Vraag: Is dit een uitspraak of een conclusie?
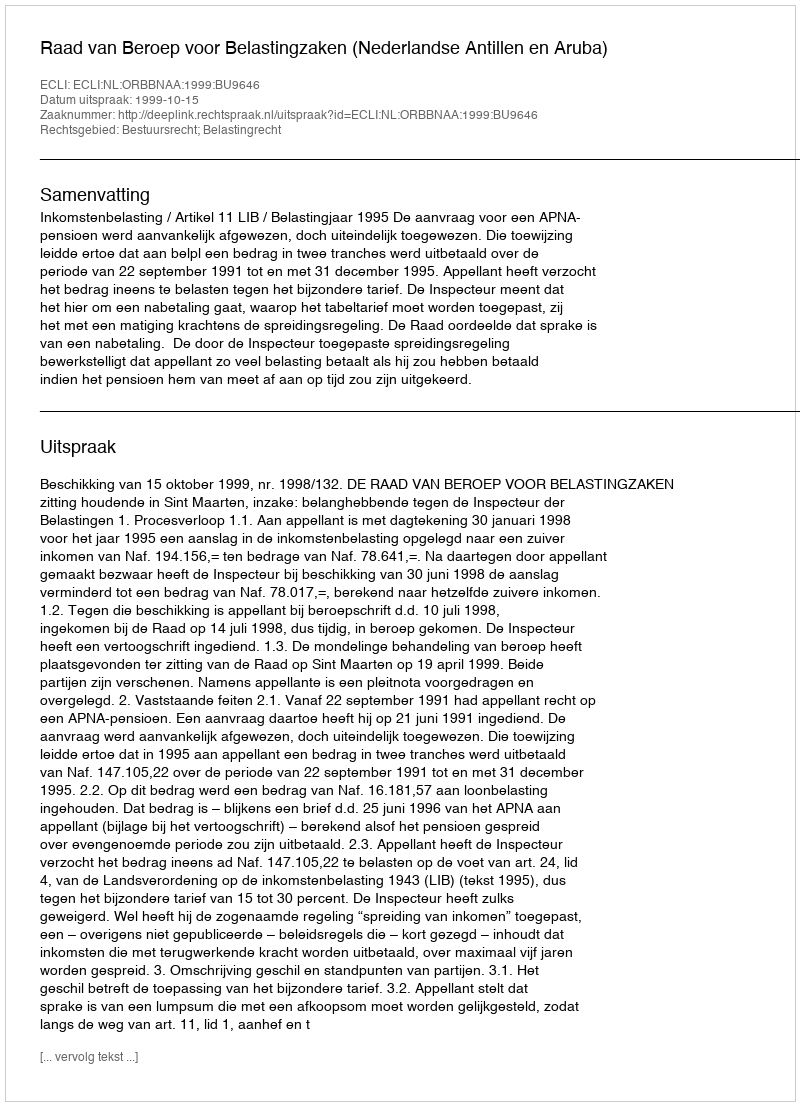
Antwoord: Uitspraak